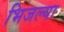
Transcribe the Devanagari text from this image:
भिजल्या